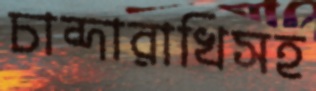
চান্দারাখিসহ